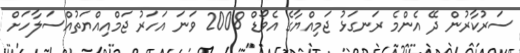
ސަރުކާރުން ދޭ އެންމެ ރަނގަޅު ޖަމިއްޔާގެ އެވޯޑް 2008 ވަނަ އަހަރު ޖަމްއިއްޔަތުއްސަލާހަށް